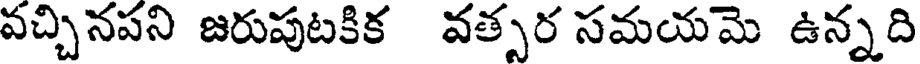
వచ్చినపని జరుపుటకిక వత్సర సమయమె ఉన్నది